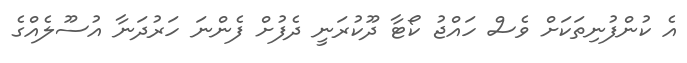
އެ ކުންފުނިތަކަށް ވެސް ހައްޖު ކޯޓާ ދޫކުރަނީ ދެފުށް ފެންނަ ހަރުދަނާ އުސޫލެއްގެ